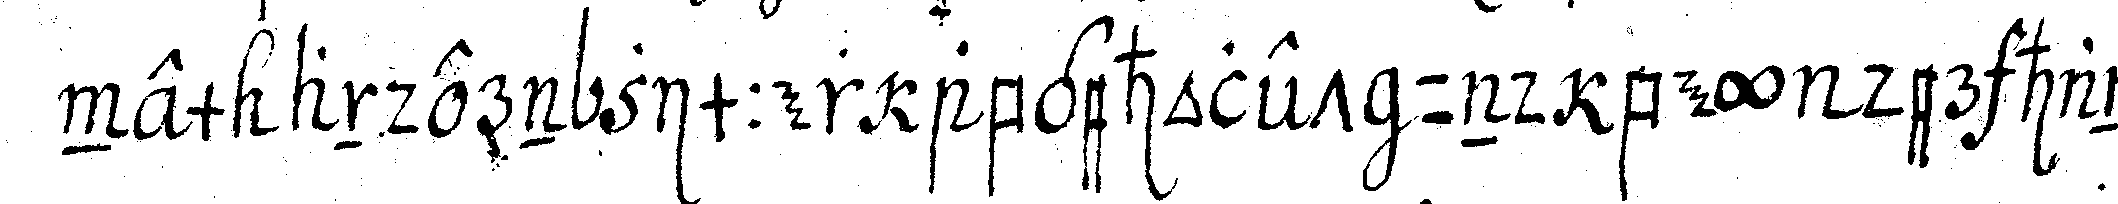
nem andern zimmer abgeholet und bey der hand